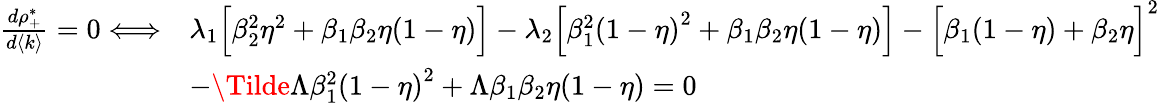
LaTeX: \begin{array}{rl}{\frac{d\rho_{+}^{*}}{d\langle k\rangle}=0\Longleftrightarrow}&{\lambda_{1}\Big[\beta_{2}^{2}\eta^{2}+\beta_{1}\beta_{2}\eta(1-\eta)\Big]-\lambda_{2}\Big[\beta_{1}^{2}{(1-\eta)}^{2}+\beta_{1}\beta_{2}\eta(1-\eta)\Big]-{\Big[\beta_{1}(1-\eta)+\beta_{2}\eta\Big]}^{2}}\\ &{-\Tilde{\Lambda}\beta_{1}^{2}{(1-\eta)}^{2}+\Lambda\beta_{1}\beta_{2}\eta(1-\eta)=0}\end{array}